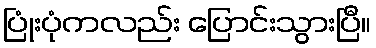
ပြုံးပုံကလည်း ပြောင်းသွားပြီ။